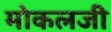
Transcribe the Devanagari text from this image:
मोकलजी